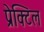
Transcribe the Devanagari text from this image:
प्रेक्टिल